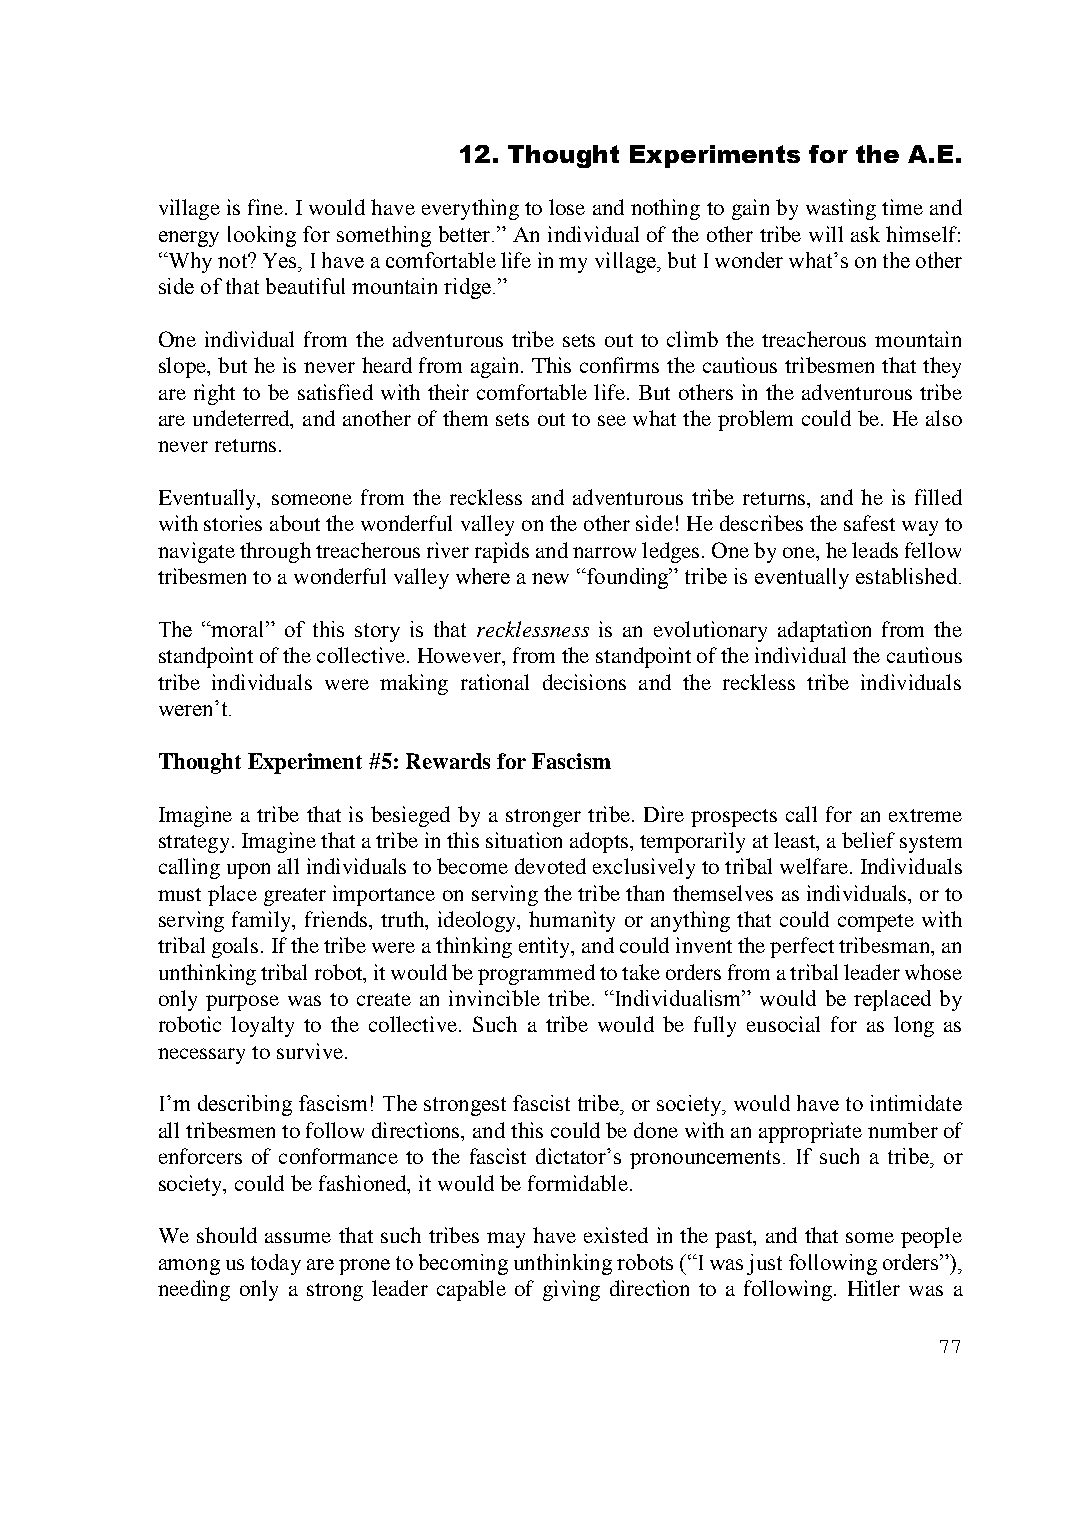
12. Thought Experiments for the A.E.
 village is fine. I would have everything to lose and nothing to gain by wasting time and
 energy looking for something better.” An individual of the other tribe will ask himself:
 “Why not? Yes, I have a comfortable life in my village, but I wonder what’s on the other
 side of that beautiful mountain ridge.”
 One individual from the adventurous tribe sets out to climb the treacherous mountain
 slope, but he is never heard from again. This confirms the cautious tribesmen that they
 are right to be satisfied with their comfortable life. But others in the adventurous tribe
 are undeterred, and another of them sets out to see what the problem could be. He also
 never returns.
 Eventually, someone from the reckless and adventurous tribe returns, and he is filled
 with stories about the wonderful valley on the other side! He describes the safest way to
 navigate through treacherous river rapids and narrow ledges. One by one, he leads fellow
 tribesmen to a wonderful valley where a new “founding” tribe is eventually established.
 The “moral” of this story is that recklessness is an evolutionary adaptation from the
 standpoint of the collective. However, from the standpoint of the individual the cautious
 tribe individuals were making rational decisions and the reckless tribe individuals
 weren’t.
 Thought Experiment #5: Rewards for Fascism
 Imagine a tribe that is besieged by a stronger tribe. Dire prospects call for an extreme
 strategy. Imagine that a tribe in this situation adopts, temporarily at least, a belief system
 calling upon all individuals to become devoted exclusively to tribal welfare. Individuals
 must place greater importance on serving the tribe than themselves as individuals, or to
 serving family, friends, truth, ideology, humanity or anything that could compete with
 tribal goals. If the tribe were a thinking entity, and could invent the perfect tribesman, an
 unthinking tribal robot, it would be programmed to take orders from a tribal leader whose
 only purpose was to create an invincible tribe. “Individualism” would be replaced by
 robotic loyalty to the collective. Such a tribe would be fully eusocial for as long as
 necessary to survive.
 I’m describing fascism! The strongest fascist tribe, or society, would have to intimidate
 all tribesmen to follow directions, and this could be done with an appropriate number of
 enforcers of conformance to the fascist dictator’s pronouncements. If such a tribe, or
 society, could be fashioned, it would be formidable.
 We should assume that such tribes may have existed in the past, and that some people
 among us today are prone to becoming unthinking robots (“I was just following orders”),
 needing only a strong leader capable of giving direction to a following. Hitler was a
 77